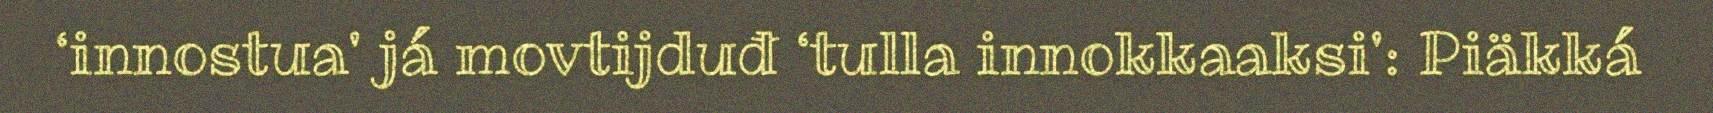
‘innostua' já movtijduđ ‘tulla innokkaaksi': Piäkká